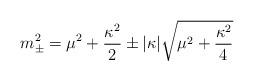
LaTeX: \begin{align*}m_\pm^2 = \mu^2+{\kappa^2\over2} \pm |\kappa|\sqrt{\mu^2+{\kappa^2\over4}}\end{align*}